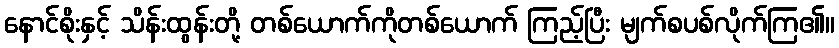
နောင်စိုးနှင့် သိန်းထွန်းတို့ တစ်ယောက်ကိုတစ်ယောက် ကြည့်ပြီး မျက်စပစ်လိုက်ကြ၏။